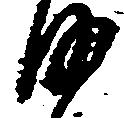
沙